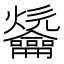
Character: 𪛑